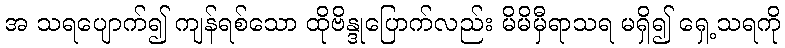
အ သရပျောက်၍ ကျန်ရစ်သော ထိုဗိန္ဒုပြောက်လည်း မိမိမှီရာသရ မရှိ၍ ရှေ့သရကို